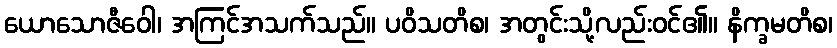
ယောသောဇီဝေါ၊ အကြင်အသက်သည်။ ပဝိသတိစ၊ အတွင်းသို့လည်းဝင်၏။ နိက္ခမတိစ၊